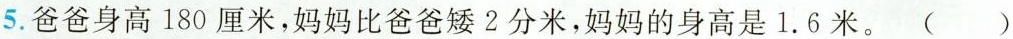
5. 爸爸身高180厘米，妈妈比爸爸矮2分米，妈妈的身高是1.6米。（）